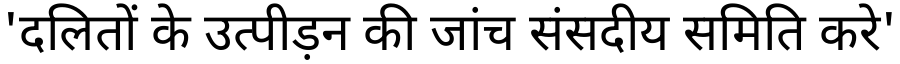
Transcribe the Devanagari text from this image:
'दलितों के उत्पीड़न की जांच संसदीय समिति करे'